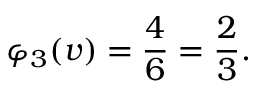
\varphi _ { 3 } ( v ) = { \frac { 4 } { 6 } } = { \frac { 2 } { 3 } } .